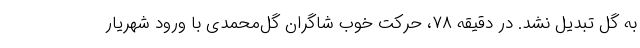
به گل تبدیل نشد. در دقیقه ۷۸، حرکت خوب شاگران گل‌محمدی با ورود شهریار